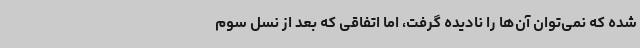
شده که نمی‌توان آن‌ها را نادیده گرفت، اما اتفاقی که بعد از نسل سوم